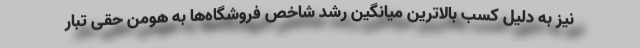
نیز به دلیل کسب بالاترین میانگین رشد شاخص فروشگاه‌ها به هومن حقی تبار